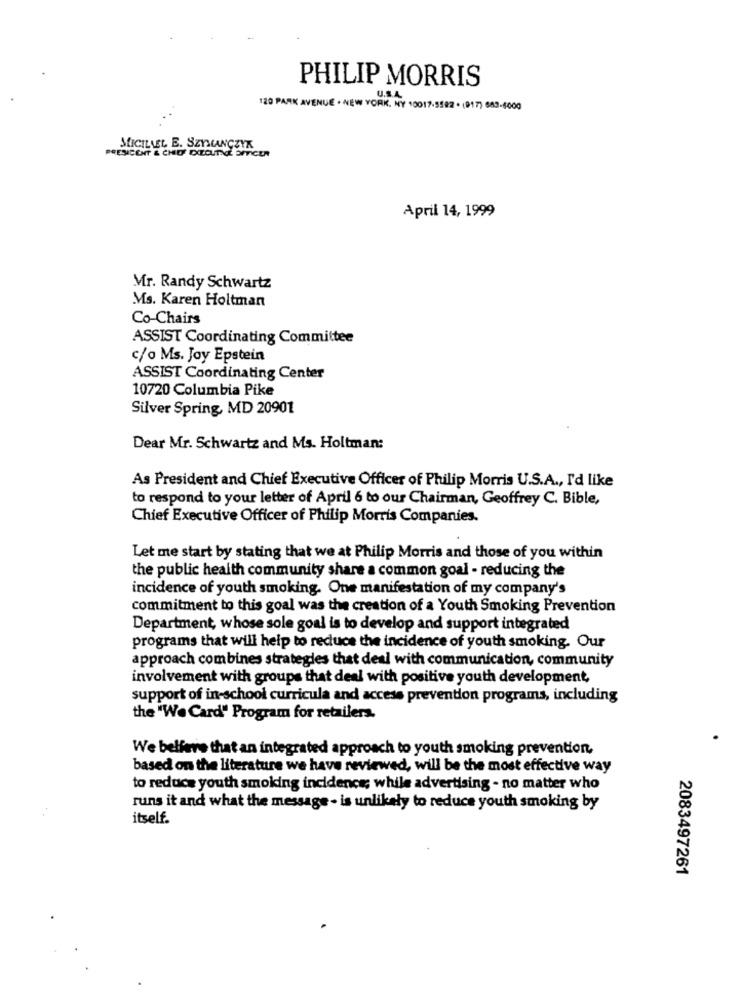
PHILIP MORRIS
U.S.A
120 PARK AVENUE . NEW YORK, NY 10017-5592 . (917) 643-4000
PRESICENT & CHID EXECUTIVE OFFICER
MLICILLEL E. SZYMANCZYK
April 14, 1999
Mr. Randy Schwartz
Ms. Karen Holtman
Co-Chairs
ASSIST Coordinating Committee
c/o Ms. Joy Epstein
ASSIST Coordinating Center
10720 Columbia Pike
Silver Spring, MD 20901
Dear Mr. Schwartz and Ms. Holtman:
As President and Chief Executive Officer of Philip Morris U.S.A ., I'd like
to respond to your letter of April 6 to our Chairman, Geoffrey C. Bible,
Chief Executive Officer of Philip Morris Companies.
Let me start by stating that we at Philip Morris and those of you within
the public health community share a common goal - reducing the
incidence of youth smoking. One manifestation of my company's
commitment to this goal was the creation of a Youth Smoking Prevention
Department, whose sole goal is to develop and support integrated
programs that will help to reduce the incidence of youth smoking. Our
approach combines strategies that deal with communication, community
involvement with groups that deal with positive youth development,
support of in-school curricula and access prevention programs, including
the "We Card" Program for retailers.
We belfare that an integrated approach to youth smoking prevention,
based on the literature we have reviewed, will be the most effective way
to reduce youth smoking incidence; while advertising - no matter who
runs it and what the message- is unlikely to reduce youth smoking by
itself.
2083497261